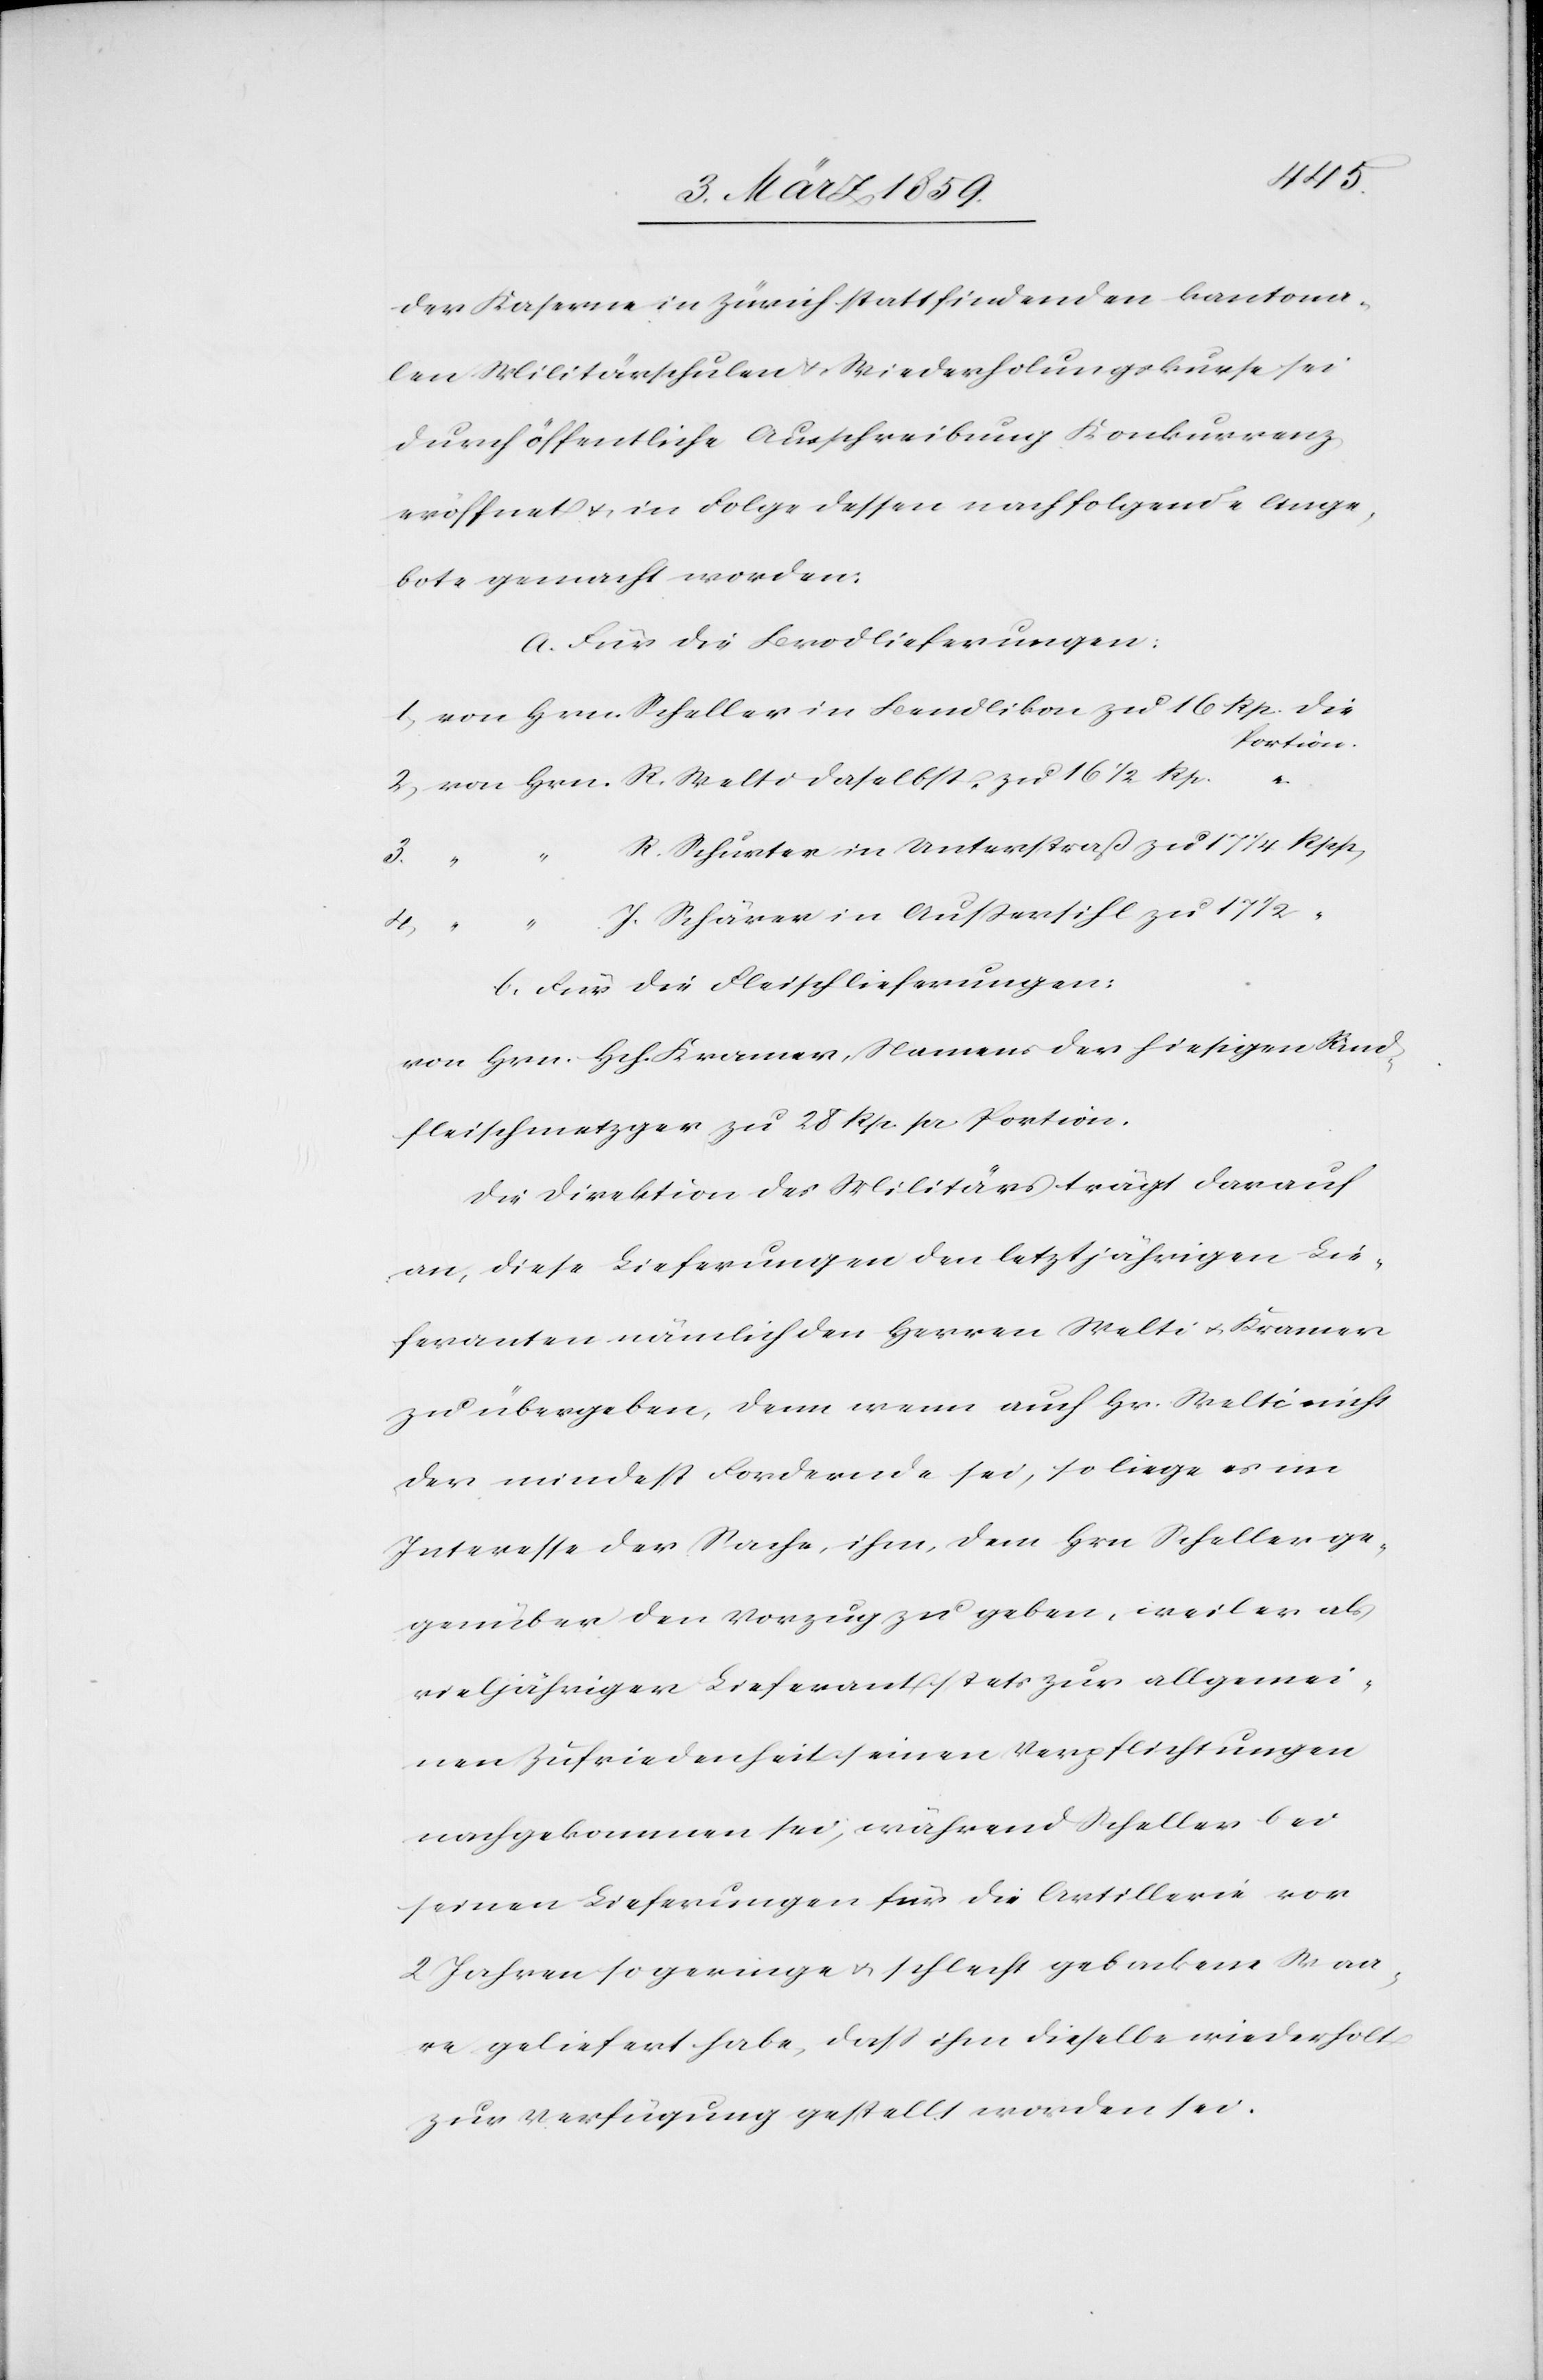
1/2
der Kaserne in Zürich stattfindenden kantona¬
len Militärschulen u. Wiederholungskurse sei
durch öffentliche Ausschreibung Konkurrenz
eröffnet u. in Folge dessen nachfolgende Ange¬
bote gemacht worden:
a. Für die Brodlieferungen:
Portion.
R. Schurter in Unterstraß zu 17 1/4 Rpp,
4)
J. Schärer in Außersihl zu 17
b. Für die Fleischlieferungen:
von Hrn. Hch. Kramer, Namens der hiesigen Rind¬
fleischmetzger zu 28 Rp. per Portion.
Die Direktion des Militärs trägt darauf
an, diese Lieferungen den letztjährigen Lie¬
feranten nämlich den Herren Welti u. Kramer
zu übergeben, denn wenn auch Hr. Welti nicht
der mindest Fordernde sei, so liege es im
Interesse der Sache, ihm, dem Hrn Scheller ge¬
genüber den Vorzug zu geben, weil er als
vieljähriger Lieferant stets zur allgemei¬
nen Zufriedenheit seinen Verpflichtungen
nachgekommen sei, während Scheller bei
seinen Lieferungen für die Artillerie vor
2 Jahren so geringe u. schlecht gebackene Waa¬
re geliefert habe, daß ihm dieselbe wiederholt
zur Verfügung gestellt worden sei.